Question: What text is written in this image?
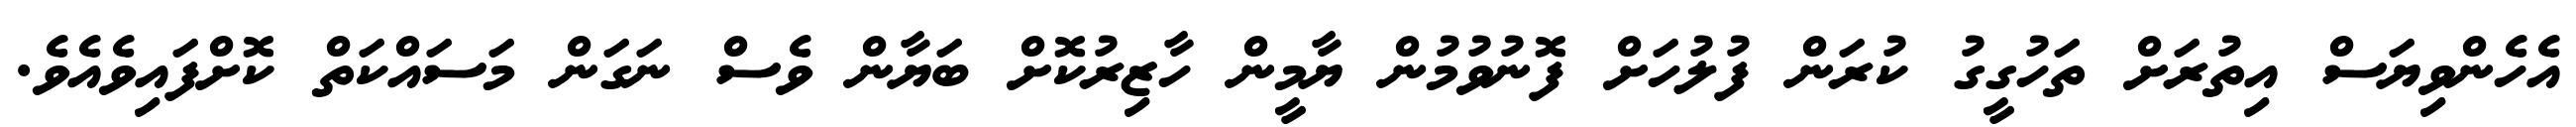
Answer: އެހެންވިޔަސް އިތުރަށް ތަހުގީގު ކުރަން ފުލުހަށް ފޮނުވުމުން ޔާމީން ހާޒިރުކޮށް ބަޔާން ވެސް ނަގަން މަސައްކަތް ކޮށްފައިވެއެވެ.